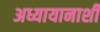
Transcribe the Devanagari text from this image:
अध्यायानाशी